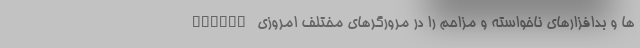
Adware ها و بدافزارهای ناخواسته و مزاحم را در مرورگرهای مختلف امروزی